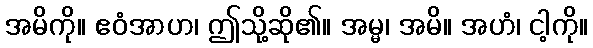
အမိကို။ ဧဝံအာဟ၊ ဤသို့ဆို၏။ အမ္မ၊ အမိ။ အဟံ၊ ငါ့ကို။